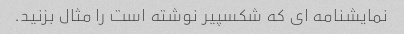
نمایشنامه ای که شکسپیر نوشته است را مثال بزنید.